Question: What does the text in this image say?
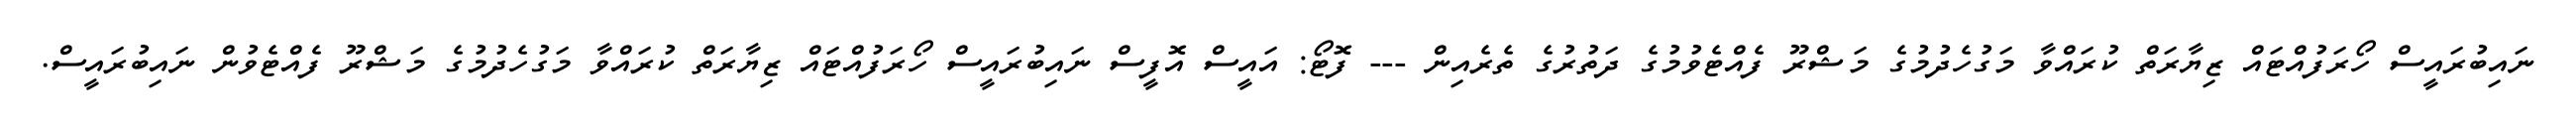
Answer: ނައިބުރައީސް ހޯރަފުއްޓައް ޒިޔާރަތް ކުރައްވާ މަގުހެދުމުގެ މަޝްރޫ ފެއްޓެވުމުގެ ދަތުރުގެ ތެރެއިން --- ފޮޓޯ: އައީސް އޮފީސް ނައިބުރައީސް ހޯރަފުއްޓައް ޒިޔާރަތް ކުރައްވާ މަގުހެދުމުގެ މަޝްރޫ ފެއްޓެވުން ނައިބުރައީސް.